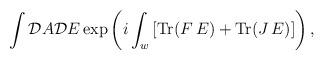
LaTeX: \begin{align*} \int {\cal D}A {\cal D}E \exp\left( i\int_{w}\left[{\rm Tr}(F\,E)+ {\rm Tr}(J\,E)\right]\right),\end{align*}